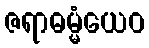
ဇရာဓမ္မံယေဝ